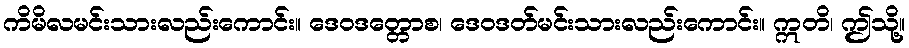
ကိမိလမင်းသားလည်းကောင်း။ ဒေဝဒတ္တောစ၊ ဒေဝဒတ်မင်းသားလည်းကောင်း။ ဣတိ၊ ဤသို့။